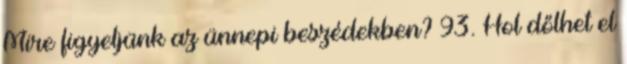
Mire figyeljünk az ünnepi beszédekben? 93. Hol dőlhet el